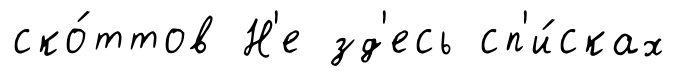
ско́ттов Н'е зд'есь сп'и́сках